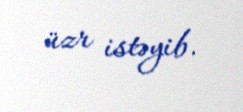
üzr istəyib.